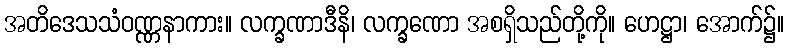
အတိဒေသသံဝဏ္ဏနာကား။ လက္ခဏာဒီနိ၊ လက္ခဏော အစရှိသည်တို့ကို။ ဟေဋ္ဌာ၊ အောက်၌။